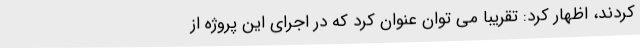
کردند، اظهار کرد: تقریبا می توان عنوان کرد که در اجرای این پروژه از